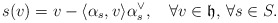
\begin{align*}s(v)=v-\langle \alpha_s, v\rangle \alpha_s^{\vee},\quad\forall v\in \mathfrak{h},\,\forall s \in S.\end{align*}